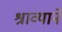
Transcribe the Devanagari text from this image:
श्राव्याने